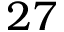
2 7